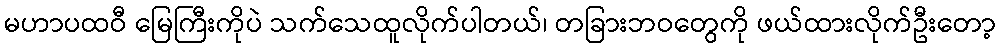
မဟာပထဝီ မြေကြီးကိုပဲ သက်သေထူလိုက်ပါတယ်၊ တခြားဘဝတွေကို ဖယ်ထားလိုက်ဦးတော့